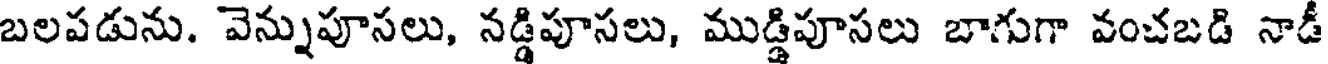
బలపడును. వెన్నుపూసలు, నడ్డిపూసలు, ముడ్డిపూసలు బాగుగా వంచబడి నాడీ